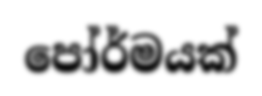
පෝර්මයක්